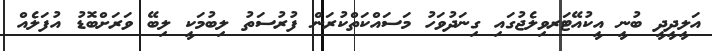
އަލީދީދީ ބުނީ އީކުއޭޓަރވިލެޖުގައި ގިނަދުވަހު މަސައްކަތްކުރަން ފުރުސަތު ލިބުމަކީ ލިބޭ ވަރަށްބޮޑު އުފަލެއް